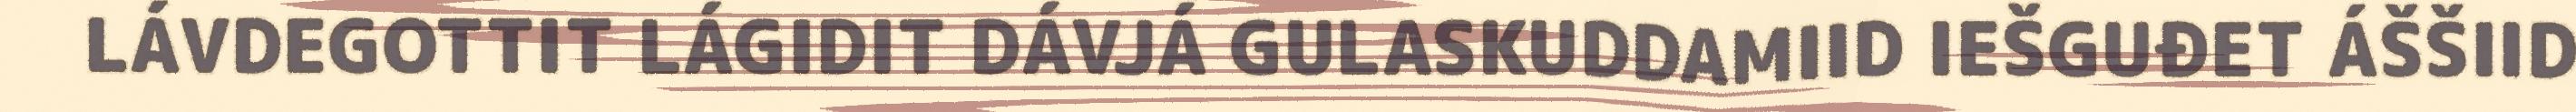
LÁVDEGOTTIT LÁGIDIT DÁVJÁ GULASKUDDAMIID IEŠGUĐET ÁŠŠIID